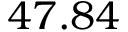
4 7 . 8 4